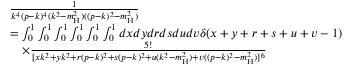
\begin{array} { r l } & { \frac { 1 } { k ^ { 4 } ( p - k ) ^ { 4 } ( k ^ { 2 } - m _ { \mathrm { H } } ^ { 2 } ) ( ( p - k ) ^ { 2 } - m _ { \mathrm { H } } ^ { 2 } ) } } \\ & { = \int _ { 0 } ^ { 1 } \int _ { 0 } ^ { 1 } \int _ { 0 } ^ { 1 } \int _ { 0 } ^ { 1 } \int _ { 0 } ^ { 1 } \int _ { 0 } ^ { 1 } d x d y d r d s d u d v \delta ( x + y + r + s + u + v - 1 ) } \\ & { \quad \times \frac { 5 ! } { [ x k ^ { 2 } + y k ^ { 2 } + r ( p - k ) ^ { 2 } + s ( p - k ) ^ { 2 } + u ( k ^ { 2 } - m _ { \mathrm { H } } ^ { 2 } ) + v ( ( p - k ) ^ { 2 } - m _ { \mathrm { H } } ^ { 2 } ) ] ^ { 6 } } } \end{array}